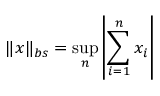
\| x \| _ { b s } = \sup _ { n } \left| \sum _ { i = 1 } ^ { n } x _ { i } \right|